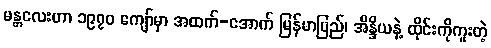
မန္တလေးဟာ ၁၉၇၀ ကျော်မှာ အထက်-အောက် မြန်မာပြည်၊ အိန္ဒိယနဲ့ ထိုင်းကိုကူးတဲ့